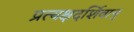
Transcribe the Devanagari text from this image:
प्रत्यक्षदर्शिवान्